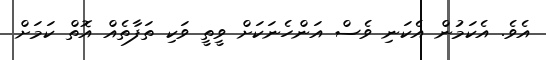
އެވެ. އެކަމުން އެކަނި ވެސް އަންހެނަކަށް ވީތީ ވަކި ތަފާތެއް އޮތް ކަމަށް